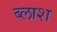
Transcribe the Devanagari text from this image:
ब्लाश